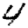
Digit: 4